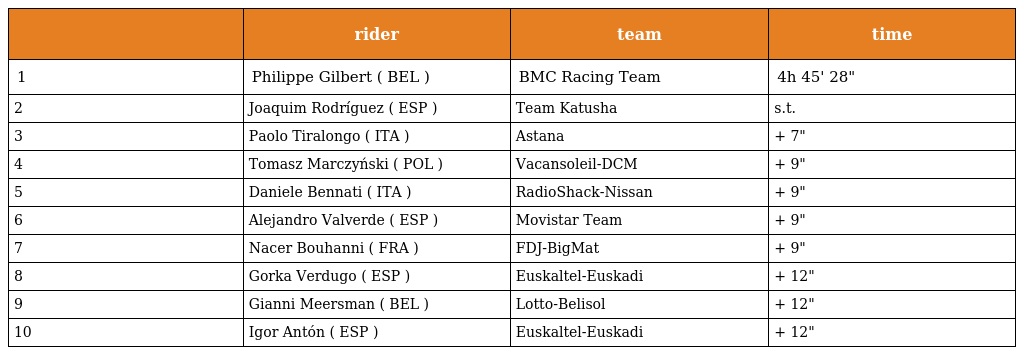
|  | rider | team | time |
 | --- | --- | --- | --- |
 | 1 | Philippe Gilbert ( BEL ) | BMC Racing Team | 4h 45' 28" |
 | 2 | Joaquim Rodríguez ( ESP ) | Team Katusha | s.t. |
 | 3 | Paolo Tiralongo ( ITA ) | Astana | + 7" |
 | 4 | Tomasz Marczyński ( POL ) | Vacansoleil-DCM | + 9" |
 | 5 | Daniele Bennati ( ITA ) | RadioShack-Nissan | + 9" |
 | 6 | Alejandro Valverde ( ESP ) | Movistar Team | + 9" |
 | 7 | Nacer Bouhanni ( FRA ) | FDJ-BigMat | + 9" |
 | 8 | Gorka Verdugo ( ESP ) | Euskaltel-Euskadi | + 12" |
 | 9 | Gianni Meersman ( BEL ) | Lotto-Belisol | + 12" |
 | 10 | Igor Antón ( ESP ) | Euskaltel-Euskadi | + 12" |